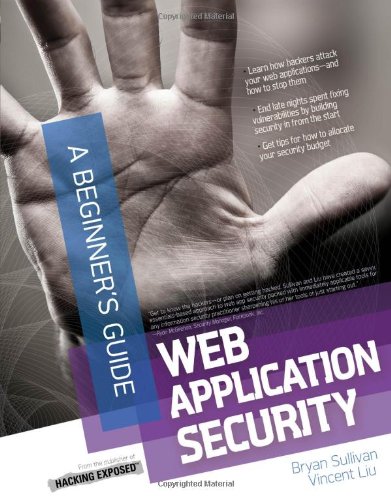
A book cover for Web Application Security, A Beginner's Guide; Bryan Sullivan; Computers & Technology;